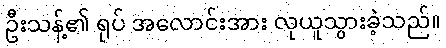
ဦးသန့်၏ ရုပ် အလောင်းအား လုယူသွားခဲ့သည်။